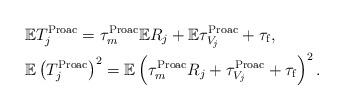
LaTeX: \begin{align*}\begin{aligned}&\mathbb{E}T^{\rm Proac}_j=\tau^{\rm Proac}_{m}\mathbb{E}R_j+\mathbb{E}\tau^{\rm Proac}_{V_j}+\tau_{\rm f},\\&\mathbb{E}\left(T^{\rm Proac}_j\right)^2=\mathbb{E}\left(\tau^{\rm Proac}_{m}R_j+\tau^{\rm Proac}_{V_j}+\tau_{\rm f}\right)^2.\\\end{aligned}\end{align*}